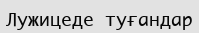
Лужицеде туғандар